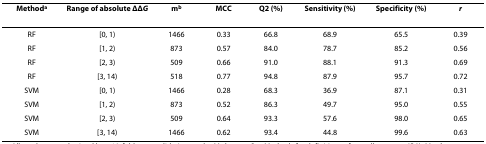
<table><thead><tr><td><b>Method<sup>a</sup></b></td><td><b>Range of absolute ΔΔ<i>G</i></b></td><td><b>m<sup>b</sup></b></td><td><b>MCC</b></td><td><b>Q2 (%)</b></td><td><b>Sensitivity(%)</b></td><td><b>Specificity(%)</b></td><td><b><i>r</i></b></td></tr></thead><tbody><tr><td>RF</td><td>[0, 1)</td><td>1466</td><td>0.33</td><td>66.8</td><td>68.9</td><td>65.5</td><td>0.39</td></tr><tr><td>RF</td><td>[1, 2)</td><td>873</td><td>0.57</td><td>84.0</td><td>78.7</td><td>85.2</td><td>0.56</td></tr><tr><td>RF</td><td>[2, 3)</td><td>509</td><td>0.66</td><td>91.0</td><td>88.1</td><td>91.3</td><td>0.69</td></tr><tr><td>RF</td><td>[3, 14)</td><td>518</td><td>0.77</td><td>94.8</td><td>87.9</td><td>95.7</td><td>0.72</td></tr><tr><td>SVM</td><td>[0, 1)</td><td>1466</td><td>0.28</td><td>68.3</td><td>36.9</td><td>87.1</td><td>0.31</td></tr><tr><td>SVM</td><td>[1, 2)</td><td>873</td><td>0.52</td><td>86.3</td><td>49.7</td><td>95.0</td><td>0.55</td></tr><tr><td>SVM</td><td>[2, 3)</td><td>509</td><td>0.64</td><td>93.3</td><td>57.6</td><td>98.0</td><td>0.65</td></tr><tr><td>SVM</td><td>[3, 14)</td><td>1466</td><td>0.62</td><td>93.4</td><td>44.8</td><td>99.6</td><td>0.63</td></tr></tbody></table>